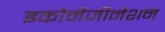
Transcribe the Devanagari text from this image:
इकोमैजीनेशन